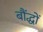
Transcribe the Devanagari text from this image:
बौंद्धों